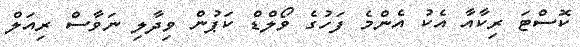
ކޮސްޓަ ރިކާއާ އެކު އެންމެ ފަހުގެ ވޯލްޑް ކަޕުން ވިދާލި ނަވާސް ރިއަލް